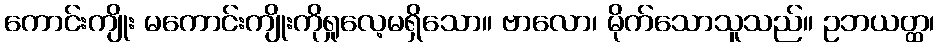
ကောင်းကျိုး မကောင်းကျိုးကိုရှုလေ့မရှိသော။ ဗာလော၊ မိုက်သောသူသည်။ ဥဘယတ္ထ၊